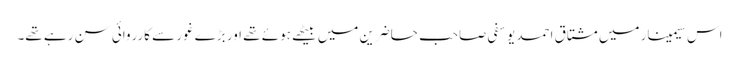
اس سیمینار میں مشتاق احمد یوسفی صاحب حاضرین میں بیٹھے ہوئے تھے اور بڑے غور سے کارروائی سن رہے تھے۔